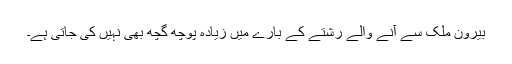
بیرون ملک سے آنے والے رشتے کے بارے میں زیادہ پوچھ گچھ بھی نہیں کی جاتی ہے۔